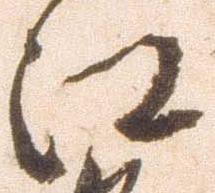
江